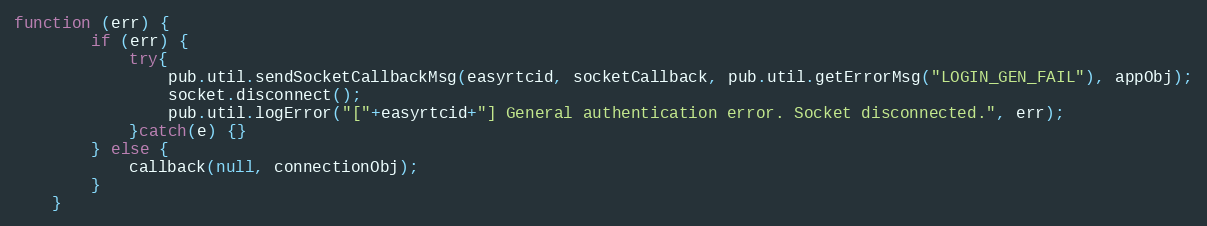
Language: JavaScript
function (err) {
        if (err) {
            try{
                pub.util.sendSocketCallbackMsg(easyrtcid, socketCallback, pub.util.getErrorMsg("LOGIN_GEN_FAIL"), appObj);
                socket.disconnect();
                pub.util.logError("["+easyrtcid+"] General authentication error. Socket disconnected.", err);
            }catch(e) {}
        } else {
            callback(null, connectionObj);
        }
    }